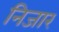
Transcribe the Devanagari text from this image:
निजार